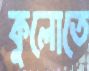
কুলোতে